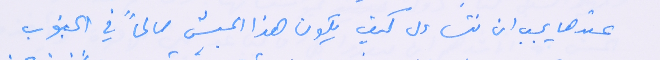
عندها يجب ان نتساءل كيف يكون هذا الجيش صالحاً في الجنوب